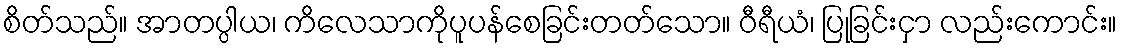
စိတ်သည်။ အာတပ္ပါယ၊ ကိလေသာကိုပူပန်စေခြင်းတတ်သော။ ဝီရီယံ၊ ပြုခြင်းငှာ လည်းကောင်း။